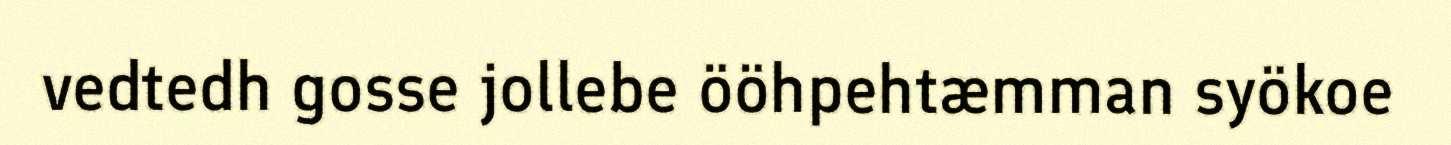
vedtedh gosse jollebe ööhpehtæmman syökoe